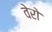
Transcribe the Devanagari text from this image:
वेरो